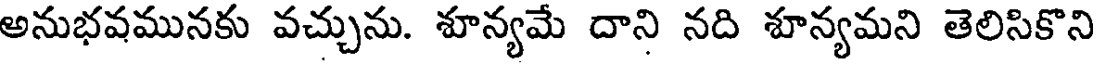
అనుభవమునకు వచ్చును. శూన్యమే దాని నది శూన్యమని తెలిసికొని